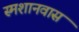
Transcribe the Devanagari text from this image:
स्मशानवास